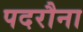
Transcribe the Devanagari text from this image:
पदरौना